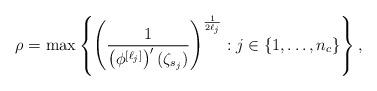
LaTeX: \begin{align*}\rho =\max\left\{\left(\frac{1}{\left(\phi^{[\ell_j]}\right)'(\zeta_{s_j})}\right)^{\frac{1}{2\ell_j}}: j\in \{1, \ldots, n_c\}\right\},\end{align*}